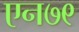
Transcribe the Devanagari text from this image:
एन७९